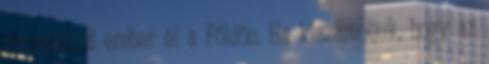
hétmilliárd ember él a Földön. Ha kiszámoljuk, hogy az